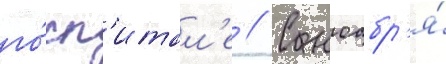
го́сп'итал'е // С ноабр'я́